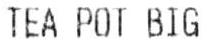
TEA POT BIG